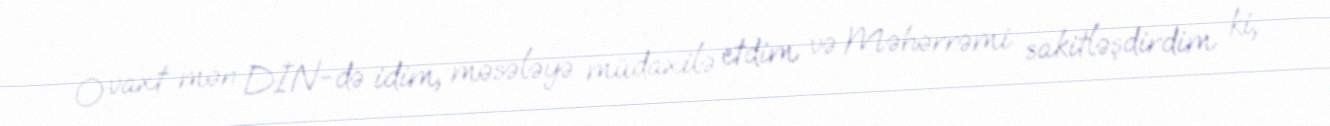
O vaxt mən DİN-də idim, məsələyə müdaxilə etdim və Məhərrəmi sakitləşdirdim ki,